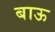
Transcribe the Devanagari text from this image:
बाऊ